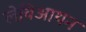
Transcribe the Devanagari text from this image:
लेविआथन